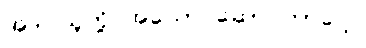
အဲဒါ သူတို့ အယောင်ဆောင်တာပေါ့။